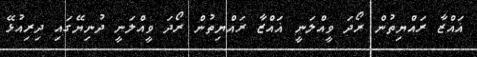
ޣައްޒާ ރައްޔިތުން ރޯދަ ވީއްލަނީ ޣައްޒާ ރައްޔިތުން ރޯދަ ވީއްލަނީ ދުނިޔޭގައި ދިރިއުޅޭ